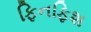
ફિનફિશ